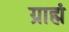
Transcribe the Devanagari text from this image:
ग्राह्मं